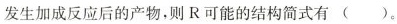
发生加成反应后的产物，则R可能的结构简式有()